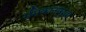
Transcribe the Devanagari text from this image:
रसिकांनासुद्धा